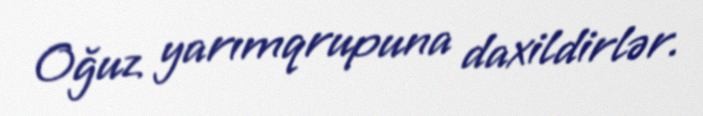
Oğuz yarımqrupuna daxildirlər.